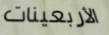
الأربعينات